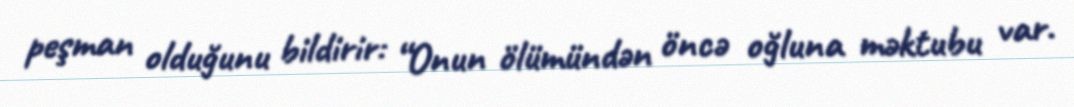
peşman olduğunu bildirir: “Onun ölümündən öncə oğluna məktubu var.